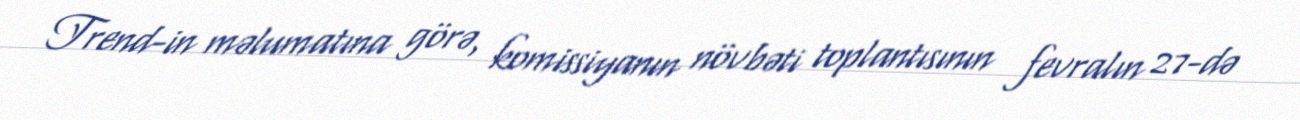
Trend-in məlumatına görə, komissiyanın növbəti toplantısının fevralın 27-də